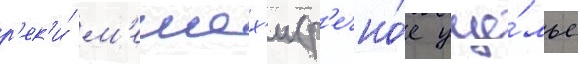
р'ек'и́ м'ешех'и (р'ечно́е уще́лье